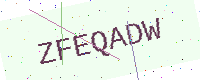
Text: ZFEQADW